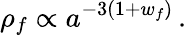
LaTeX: {\rho}_{f}\propto a^{-3(1+w_{f})}\, .